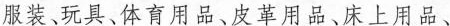
服装、玩具、体育用品、皮革用品、床上用品、 广州。